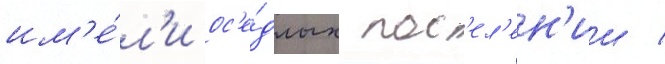
им'е́л'и ос'е́длых пос'ел'ен'ии /